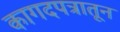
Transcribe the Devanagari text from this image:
कागदपत्रातून